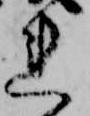
れ